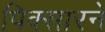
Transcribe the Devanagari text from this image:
पिक्सारने